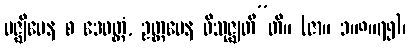
မဇ္ဈိမေန စ ဒေဝတ္တံ, ဥတ္တမေန ဝိသုဇ္ဈတီ”တိ။ (ဇာ။ ၁။၈။၇၅)၊